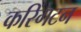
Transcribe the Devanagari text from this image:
करिंगटन